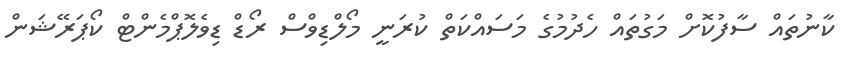
ކާނުތައް ސާފުކޮށް މަގުތައް ހެދުމުގެ މަސައްކަތް ކުރަނީ މޯލްޑިވްސް ރޯޑް ޑިވެލޮޕްމެންޓް ކޯޕަރޭޝަން